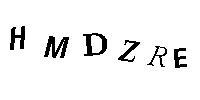
HMDZRE